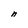
Character: n